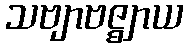
သဗျာဗဇ္ဈာယ